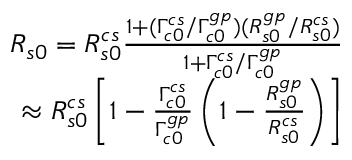
\begin{array} { r } { R _ { s 0 } = R _ { s 0 } ^ { c s } \frac { 1 + ( \Gamma _ { c 0 } ^ { c s } / \Gamma _ { c 0 } ^ { g p } ) ( R _ { s 0 } ^ { g p } / { R _ { s 0 } ^ { c s } ) } } { 1 + \Gamma _ { c 0 } ^ { c s } / \Gamma _ { c 0 } ^ { g p } } } \\ { \approx R _ { s 0 } ^ { c s } \left[ 1 - \frac { \Gamma _ { c 0 } ^ { c s } } { \Gamma _ { c 0 } ^ { g p } } \left( 1 - \frac { R _ { s 0 } ^ { g p } } { R _ { s 0 } ^ { c s } } \right) \right] } \end{array}